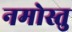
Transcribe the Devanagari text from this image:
नमोस्तु